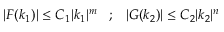
| F ( k _ { 1 } ) | \leq C _ { 1 } | k _ { 1 } | ^ { m } \; \; \; ; \; \; \; | G ( k _ { 2 } ) | \leq C _ { 2 } | k _ { 2 } | ^ { n }